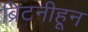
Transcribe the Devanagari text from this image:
ब्रिटनीहून